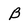
Character: B